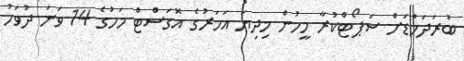
ބުރަދަހުޑަށް ސަޕޯޓްކުރާ މީހުން މިދިޔަ އަހަރުގެ އޮގަސްޓް މަހުގެ 14 ވަނަ ދުވަހު